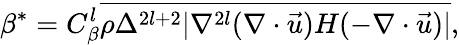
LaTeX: \beta^{*}={C}_{\beta}^{l}\overline{{\rho\Delta^{2l+2}|\nabla^{2l}(\nabla\cdot\vec{u})H(-\nabla\cdot\vec{u})|}},